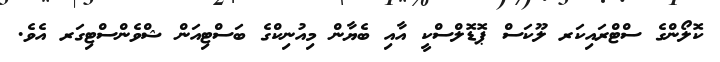
ކޮލޯންގެ ސްޓްރައިކަރ ލޫކަސް ޕޮޑޮލްސްކީ އާއި ބެޔާން މިއުނިކްގެ ބަސްޓިއަން ޝްވެންސްޓިގަރ އެވެ.